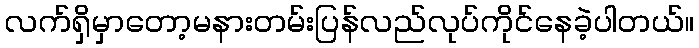
လက်ရှိမှာတော့မနားတမ်းပြန်လည်လုပ်ကိုင်နေခဲ့ပါတယ်။